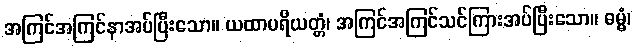
အကြင်အကြင်နာအပ်ပြီးသော။ ယထာပရိယတ္တံ၊ အကြင်အကြင်သင်ကြားအပ်ပြီးသော။ ဓမ္မံ၊